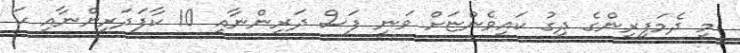
މި ދެމަފިރިންގެ ދިގު ކައިވެންޏަށް ވަނީ ފަސް ދަރިންނާއި 10 ކާފަދަރިންނާއި ހަ